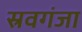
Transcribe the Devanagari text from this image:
स्रवगंजा